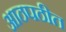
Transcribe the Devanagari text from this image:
आठपठीत